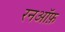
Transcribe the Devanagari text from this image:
रनऑफ़